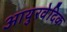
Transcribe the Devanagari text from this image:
आयुरवेदिक